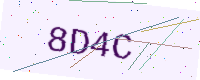
Text: 8D4C